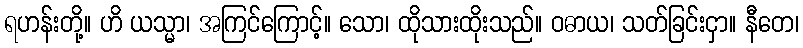
ရဟန်းတို့။ ဟိ ယသ္မာ၊ အကြင်ကြောင့်။ သော၊ ထိုသားထိုးသည်။ ဝဓာယ၊ သတ်ခြင်းငှာ။ နီတေ၊